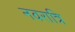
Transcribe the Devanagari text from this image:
नवरात्रि